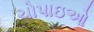
ચોપાઇઓ